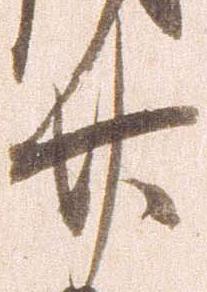
廿